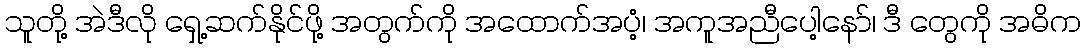
သူတို့ အဲဒီလို ရှေ့ဆက်နိုင်ဖို့ အတွက်ကို အထောက်အပံ့၊ အကူအညီပေါ့နော်၊ ဒီ တွေကို အဓိက